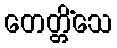
တေတ္တိံသေ